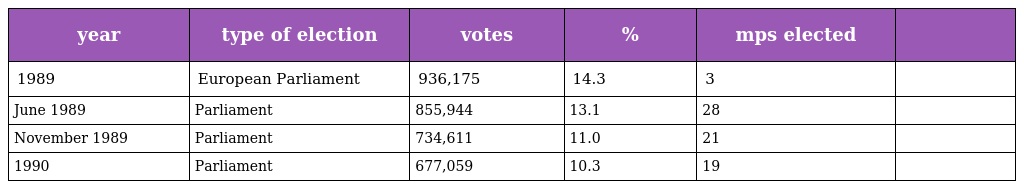
| year | type of election | votes | % | mps elected |  |
 | --- | --- | --- | --- | --- | --- |
 | 1989 | European Parliament | 936,175 | 14.3 | 3 |  |
 | June 1989 | Parliament | 855,944 | 13.1 | 28 |  |
 | November 1989 | Parliament | 734,611 | 11.0 | 21 |  |
 | 1990 | Parliament | 677,059 | 10.3 | 19 |  |